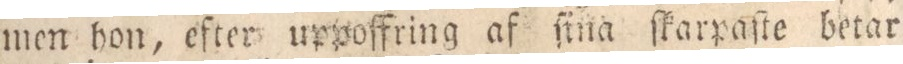
men hon, efter urpoffring af ſina ſkarpaſte betar